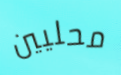
محليين